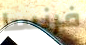
فرنسا